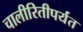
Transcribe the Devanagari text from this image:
चालीरितीपर्यंत